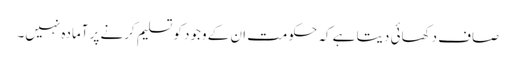
صاف دکھائی دیتا ہے کہ حکومت ان کے وجود کو تسلیم کرنے پر آمادہ نہیں۔